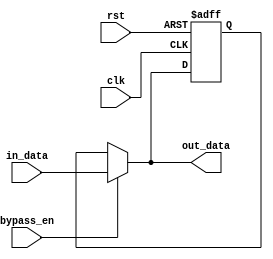
module Cascade_Bypass_Register (
    input wire clk,  // Clock signal
    input wire rst,  // Reset signal
    input wire bypass_en, // Bypass enable signal
    input wire [DATA_WIDTH-1:0] in_data, // Input data
    output reg [DATA_WIDTH-1:0] out_data // Output data
);

parameter DATA_WIDTH = 8; // Data width parameter

reg [DATA_WIDTH-1:0] reg_data; // Register to store data

// Synchronous reset
always @(posedge clk or posedge rst) begin
    if (rst) begin
        reg_data <= 0;
    end else begin
        if (bypass_en) begin
            reg_data <= in_data;
        end
    end
end

// Combinational logic to output data
always @(*) begin
    if (bypass_en) begin
        out_data = in_data;
    end else begin
        out_data = reg_data;
    end
end

endmodule